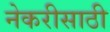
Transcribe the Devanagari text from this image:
नेकरीसाठी